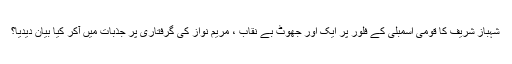
شہباز شریف کا قومی اسمبلی کے فلور پر ایک اور جھوٹ بے نقاب ، مریم نواز کی گرفتاری پر جذبات میں آکر کیا بیان دیدیا؟